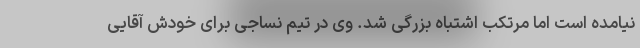
نیامده است اما مرتکب اشتباه بزرگی شد. وی در تیم نساجی برای خودش آقایی